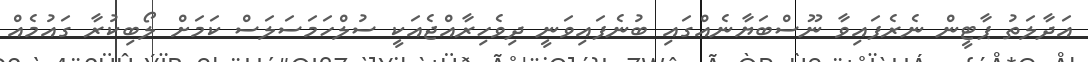
އަދާލަތު ޕާޓީން ނެރެފައިވާ ނޫސްބަޔާނެއްގައި ބުނެފައިވަނީ ދިވެހިރާއްޖެއަކީ ސުލްހަމަސަލަސް ކަމަށް ލޯބިކުރާ ގައުމެއް